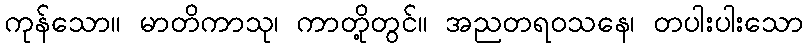
ကုန်သော။ မာတိကာသု၊ ကာတို့တွင်။ အညတရဝသနေ၊ တပါးပါးသော